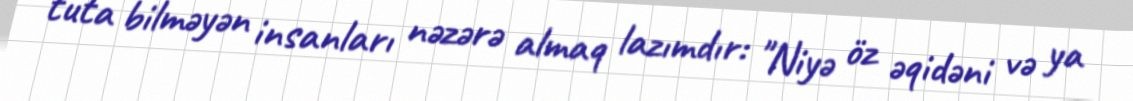
tuta bilməyən insanları nəzərə almaq lazımdır: "Niyə öz əqidəni və ya